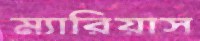
ম্যারিয়াস